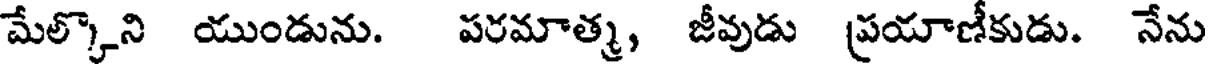
మేల్కొని యుండును. పరమాత్మ, జీవుడు ప్రయాణీకుడు. నేను